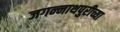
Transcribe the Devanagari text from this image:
जगन्‍नाथपुरीच्या